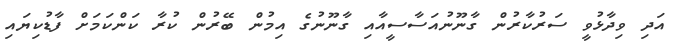
އަދި ވިދާޅުވީ ސަރުކާރުން ގާނޫނުއަސާސީއާއި ގާނޫނުގެ އިމުން ބޭރުން ކުރާ ކަންކަމަށް ފާޑުކިޔައި